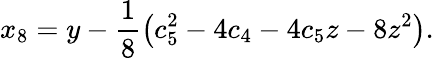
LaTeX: x_{8}=y-\frac{1}{8}\left(c_{5}^{2}-4c_{4}-4c_{5}z-8z^{2}\right).